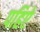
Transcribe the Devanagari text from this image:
पहिऐ